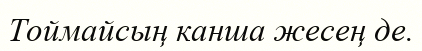
Тоймайсың канша жесең де.